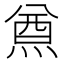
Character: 𤋃